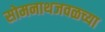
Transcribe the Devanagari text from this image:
सोमनाथजवळच्या